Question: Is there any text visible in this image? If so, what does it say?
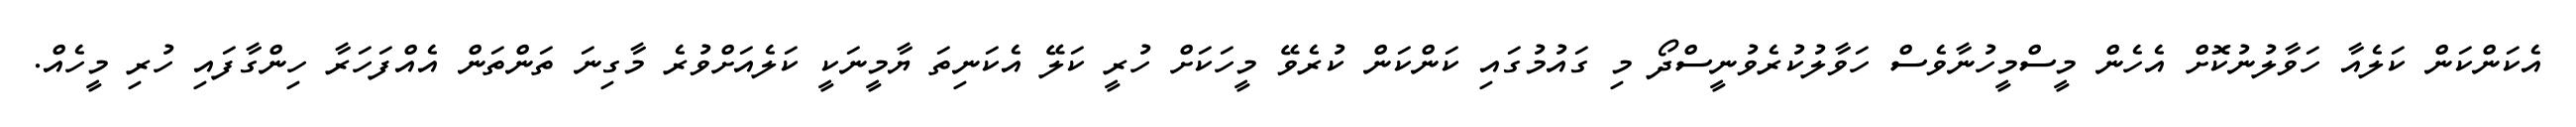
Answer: އެކަންކަން ކަލެއާ ހަވާލުނުކޮށް އެހެން މީސްމީހުނާވެސް ހަވާލުކުރެވުނީސްދޯ މި ގައުމުގައި ކަންކަން ކުރެވޭ މީހަކަށް ހުރީ ކަލޭ އެކަނިތަ ޔާމީނަކީ ކަލެއަށްވުރެ މާގިނަ ތަންތަން އެއްފަހަރާ ހިންގާފައި ހުރި މީހެއް.